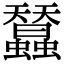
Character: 蠺